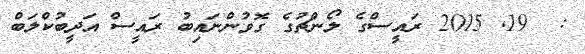
:  19